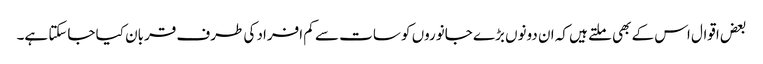
بعض اقوال اس کے بھی ملتے ہیں کہ ان دونوں بڑے جانوروں کو سات سے کم افراد کی طرف قربان کیا جاسکتا ہے۔